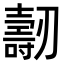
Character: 𠠐